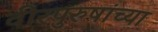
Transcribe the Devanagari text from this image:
वीरपुरुषांच्या